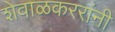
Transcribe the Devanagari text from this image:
शेवाळकररांनी